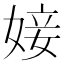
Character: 𡞘